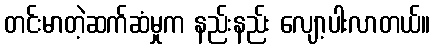
တင်းမာတဲ့ဆက်ဆံမှုက နည်းနည်း လျော့ပါးလာတယ်။